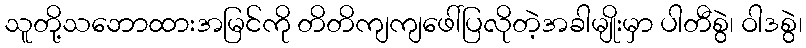
သူတို့သဘောထားအမြင်ကို တိတိကျကျဖေါ်ပြလိုတဲ့အခါမျိုးမှာ ပါတီစွဲ၊ ဝါဒစွဲ၊